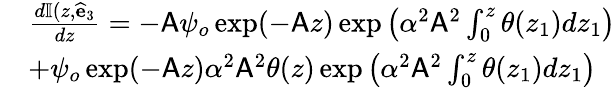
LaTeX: \begin{array}{rl}&{\frac{d\mathbb{I}(z,\widehat{\mathbf{e}}_{3}}{dz}=-\mathsf{A}\psi_{o}\exp(-\mathsf{A}z)\exp\left(\alpha^{2}\mathsf{A}^{2}\int_{0}^{z}\theta(z_{1})dz_{1}\right)}\\ &{+\psi_{o}\exp(-\mathsf{A}z)\alpha^{2}\mathsf{A}^{2}\theta(z)\exp\left(\alpha^{2}\mathsf{A}^{2}\int_{0}^{z}\theta(z_{1})dz_{1}\right)}\end{array}